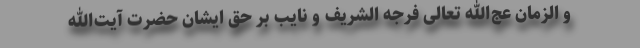
و الزمان عج‌الله تعالی فرجه الشریف و نایب بر حق ایشان حضرت آیت‌الله